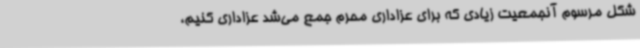
شکل مرسوم آنجمعیت زیادی که برای عزاداری محرم جمع می‌شد عزاداری کنیم،